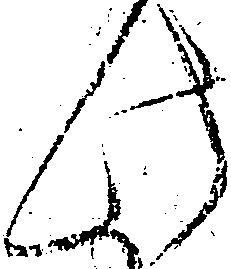
此